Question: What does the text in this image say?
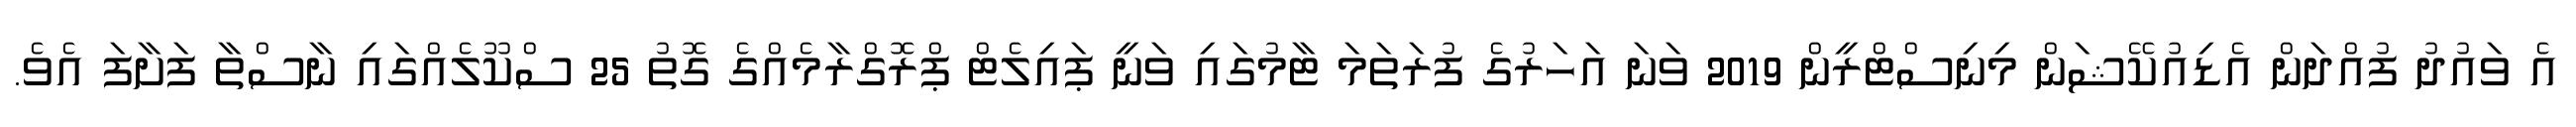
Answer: އެ ވައުދު ފުއްދަން އެޑިއުކޭޝަން މިނިސްޓްރީން 2019 ވަނަ އަހަރުގެ ފުރަތަމަ ޓާމުގައި ވަނީ ޕައިލެޓް ޕްރޮގްރާމެއްގެ ގޮތު 25 ސްކޫލެއްގައި ނާސްތާ ފަށާފަ އެވެ.